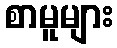
စာမူများ